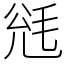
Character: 毤